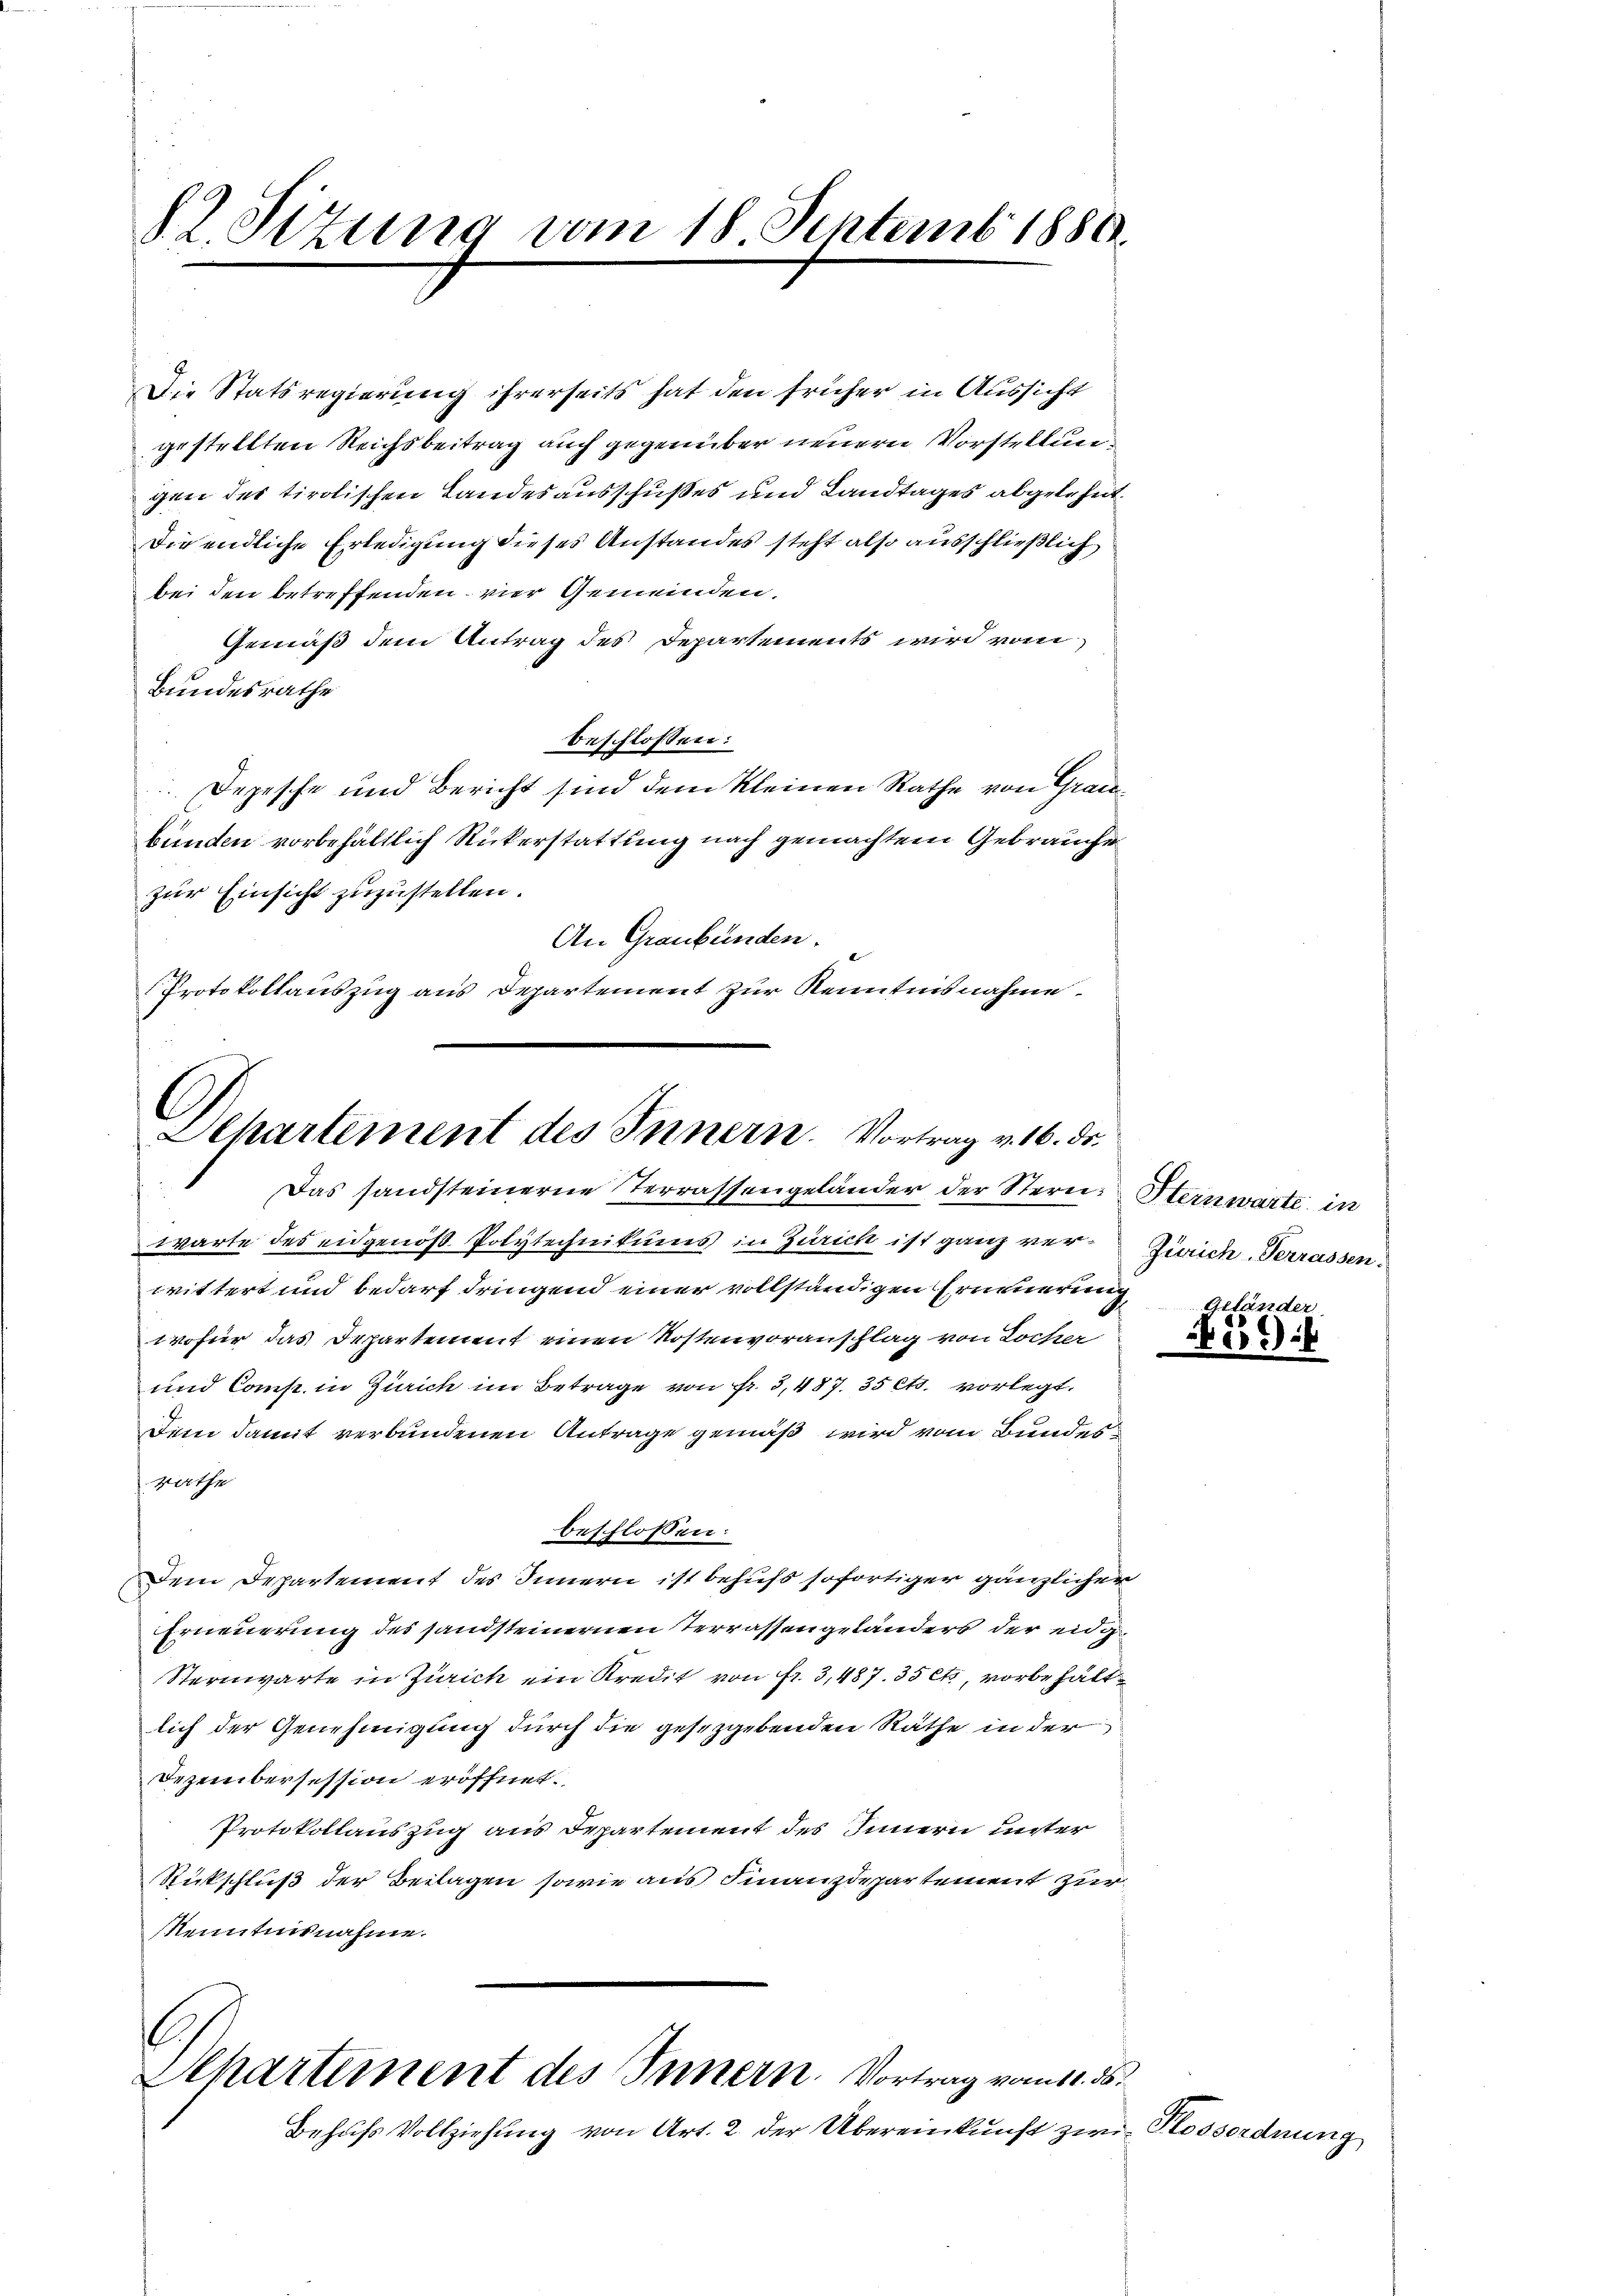
§. 2. Sizung vom 18 Septemb. 1880.

Die Statsregierung ihrerseits hat den früher in Aussicht
gestellten Reichsbeitrag auch gegenüber neuern Vorstellungen des tirolischen Landesausschußes und Landtages abgelehnt.
Die endliche Erledigung dieses Anstandes steht also ausschließlich
bei den betreffenden vier Gemeinden.
Gemäß dem Antrag des Departements wird vom
Bundesrathe
beschlossen:
Depesche und Bericht sind dem kleinen Rathe von Grau
bünden vorbehältlich Rückerstattung nach gemachtem Gebrauche
zur Einsicht zuzustellen.
An Graubünden.
Protokollauszug aus Departement zur Kenntnisnahme

Achartement des Innern. Vortrag v. 16. Dr.
Das sandsteinerne Terrassengeländer der Stern Sternwarte in

Achartement des Innern. Vortrag vom 11. ds.
Behufs Vollziehung von Art. 2 der Übereinkunft zur Kossordnung

warte des eidgenöß Polytechnikums in Zürich ist ganz ver¬ Zürich-Terrassen.
wittert und bedarf dringend einer vollständigen Erneuerung,
wofür das Departement einen Kostenvoranschlag von Locher
und Comp. in Zürich im Betrage von Fr. 5,487. 35 Cts. vorlegt.
Denn damit verbundenen Antrage gemäß wird vom Bunde d
rathe
beschlossen:
Dem Departement des Innern ist behufs sofortiger gänzlichen
Erneuerung des sandsteinernen Terrassengeländers der eidg
Sternwarte in Zürich ein Kredit von fr. 3,487. 35 ets, vorbehältlich der Genehmigung durch die gesetzgebenden Räthe in der
Dezembersession eröffnet.
Protokollauszug aus Departement des Innern unter
Stickschluß der Beilagen sowie aus Finanzdepartement zur
Nenntnisnahme.

e